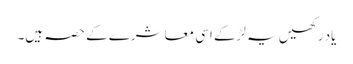
یاد رکھیں یہ لڑکے اسی معاشرے کے حصہ ہیں۔